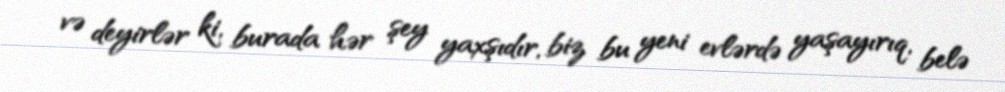
və deyirlər ki, burada hər şey yaxşıdır, biz bu yeni evlərdə yaşayırıq, belə